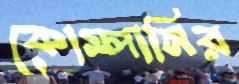
কোম্পানির